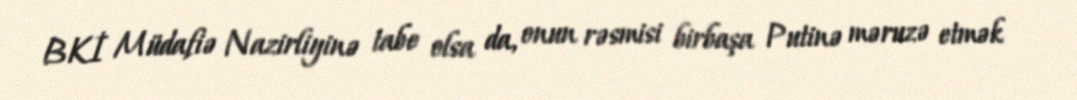
BKİ Müdafiə Nazirliyinə tabe olsa da, onun rəsmisi birbaşa Putinə məruzə etmək